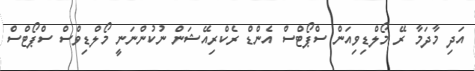
އަދި މާދަމާ ރޭ މޯލްޑިވިއަން ސްޕޯޓްސް އެންޑް ރެކްރިއޭޝަން ނުކުންނަނީ މޯލްޑިވްސް ސްޕޯޓްސް